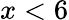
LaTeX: x<6